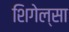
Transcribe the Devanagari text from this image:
शिगेल्सा